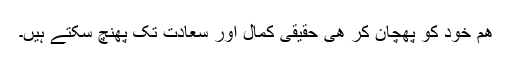
ھم خود کو پھچان کر ھی حقیقی کمال اور سعادت تک پھنچ سکتے ہیں۔